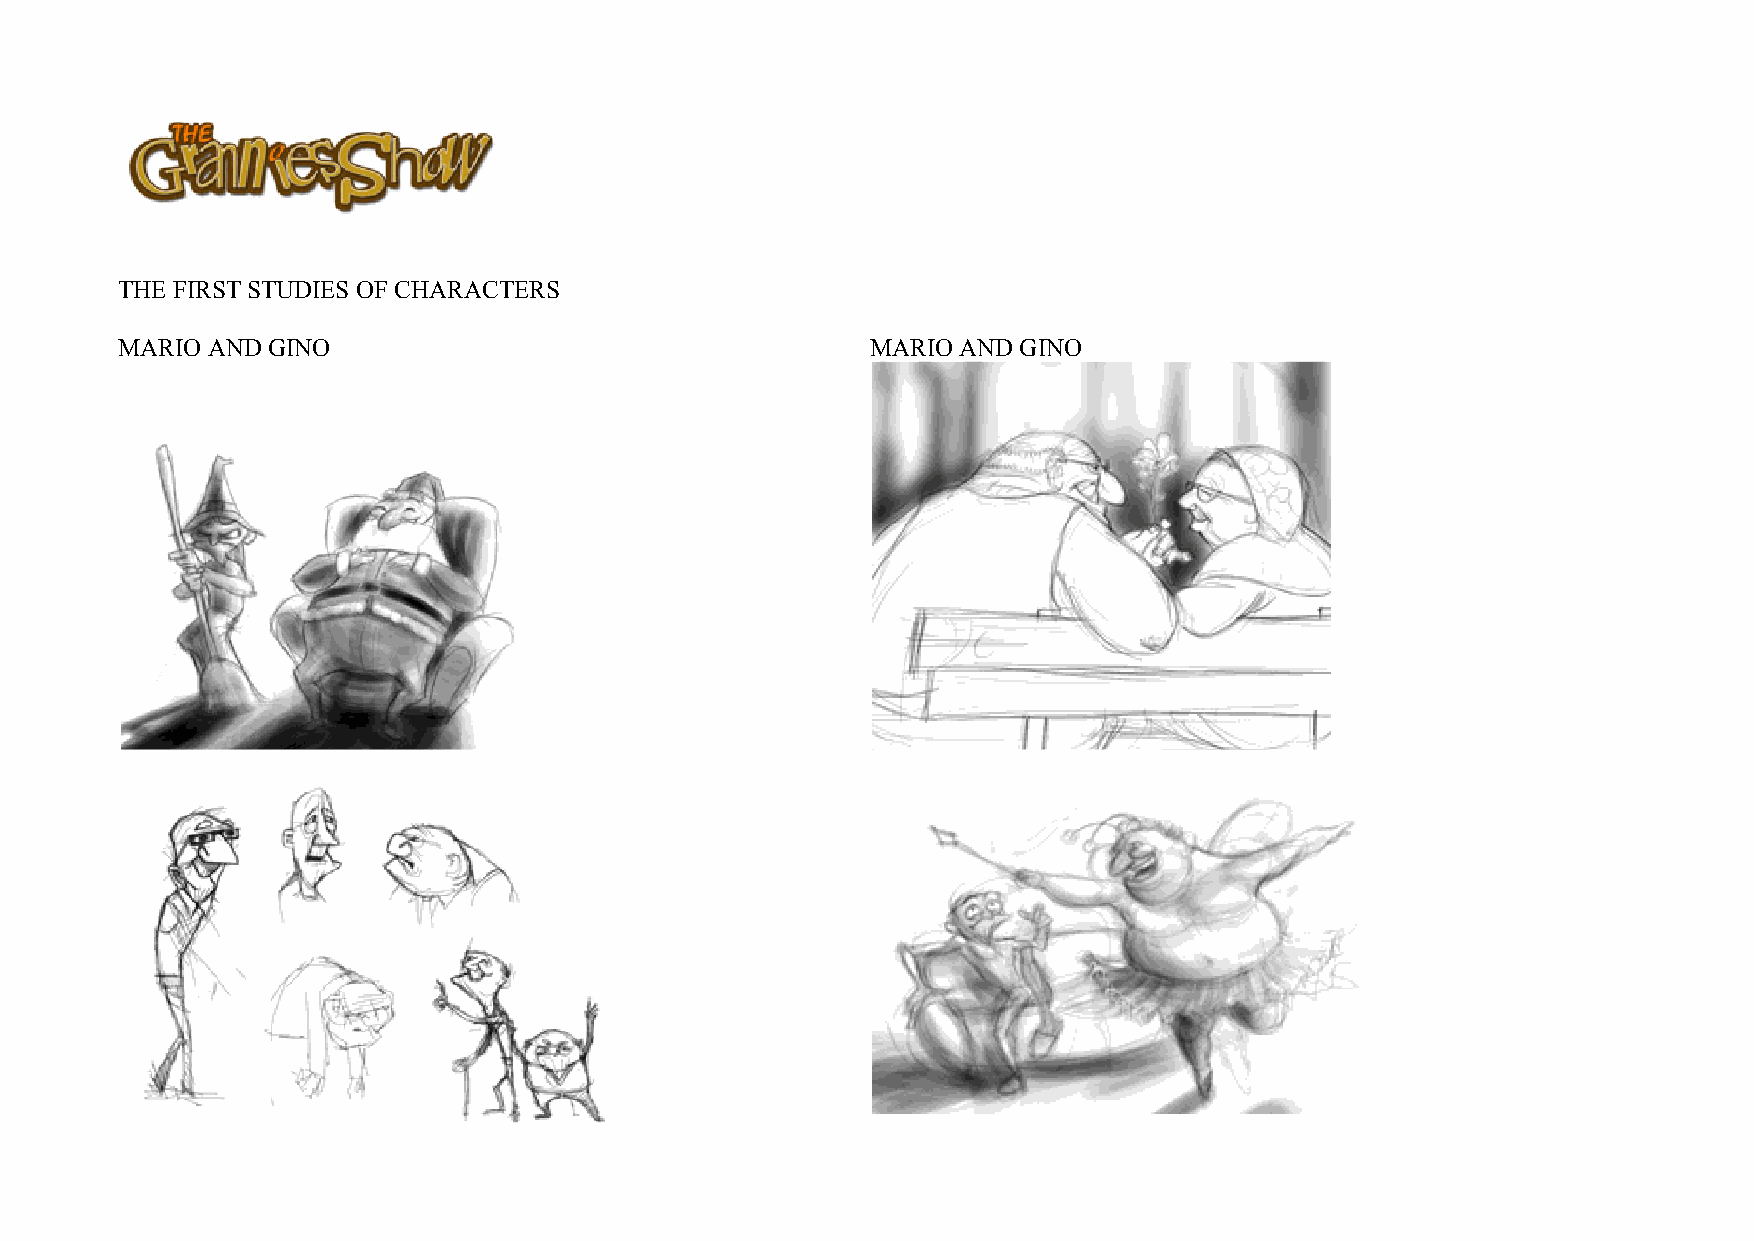
THE FIRST STUDIES OF CHARACTERS
 MARIO AND GINO                                    MARIO AND GINO